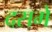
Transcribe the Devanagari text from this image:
दसमें